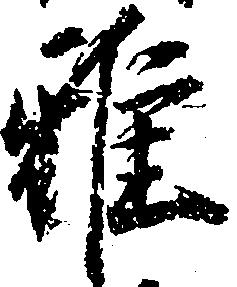
雅